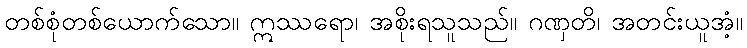
တစ်စုံတစ်ယောက်သော။ ဣဿရော၊ အစိုးရသူသည်။ ဂဏှတိ၊ အတင်းယူအံ့။